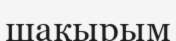
шакырым